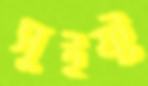
সুইফ্ট